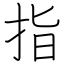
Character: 指